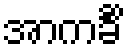
အာကင်္ခိံ